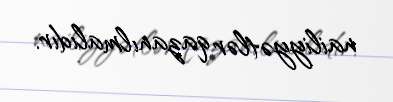
nailiyyətlər qazanılmalıdır.